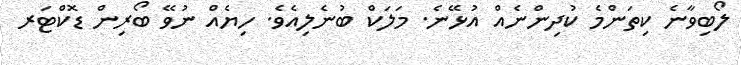
ލޯބިވާނެ ކިތަންމެ ކުދިންނެއް އުޅޭނެ. މަލަކް ބުނެލިއެވެ. ހިޔެއް ނުވޭ ބޯރިން ޑޮކްޓަރ